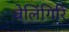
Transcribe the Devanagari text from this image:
वेलिंगिरि